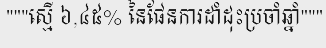
"""ស្មើ ៦,៤៥% នៃផែនការដាំដុះប្រចាំឆ្នាំ"""